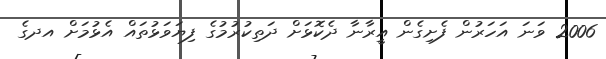
2006 ވަނަ އަހަރުން ފެށިގެން އީރާނާ ދެކޮޅަށް ދަތިކުރުމުގެ ފިޔަވަޅުތައް އެޅުމަށް އދގެ